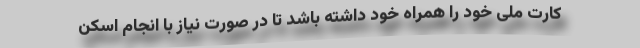
کارت ملی خود را همراه خود داشته باشد تا در صورت نیاز با انجام اسکن